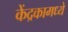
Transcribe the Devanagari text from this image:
केंद्रकामध्ये